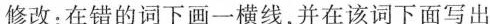
修改:在错的词下画一横线,并在该词下面写出